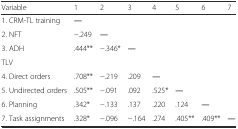
| Variable | 1 | 2 | 3 | 4 | 5 | 6 | 7 |
 | --- | --- | --- | --- | --- | --- | --- | --- |
 | 1. CRM-TL training | ― |  |  |  |  |  |  |
 | 2. NFT | −.249 | ― |  |  |  |  |  |
 | 3. ADH | .444** | −.346* | ― |  |  |  |  |
 | TLV |  |  |  |  |  |  |  |
 | 4. Direct orders | .708** | −.219 | .209 | ― |  |  |  |
 | 5. Undirected orders | .505** | −.091 | .092 | .525* | ― |  |  |
 | 6. Planning | .342* | −.133 | .137 | .220 | .124 | ― |  |
 | 7. Task assignments | .328* | −.096 | −.164 | .274 | .405** | .409** | ― |